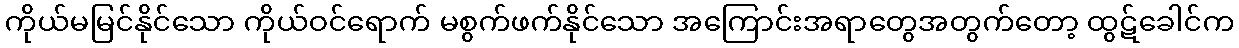
ကိုယ်မမြင်နိုင်သော ကိုယ်ဝင်ရောက် မစွက်ဖက်နိုင်သော အကြောင်းအရာတွေအတွက်တော့ ထွဋ်ခေါင်က